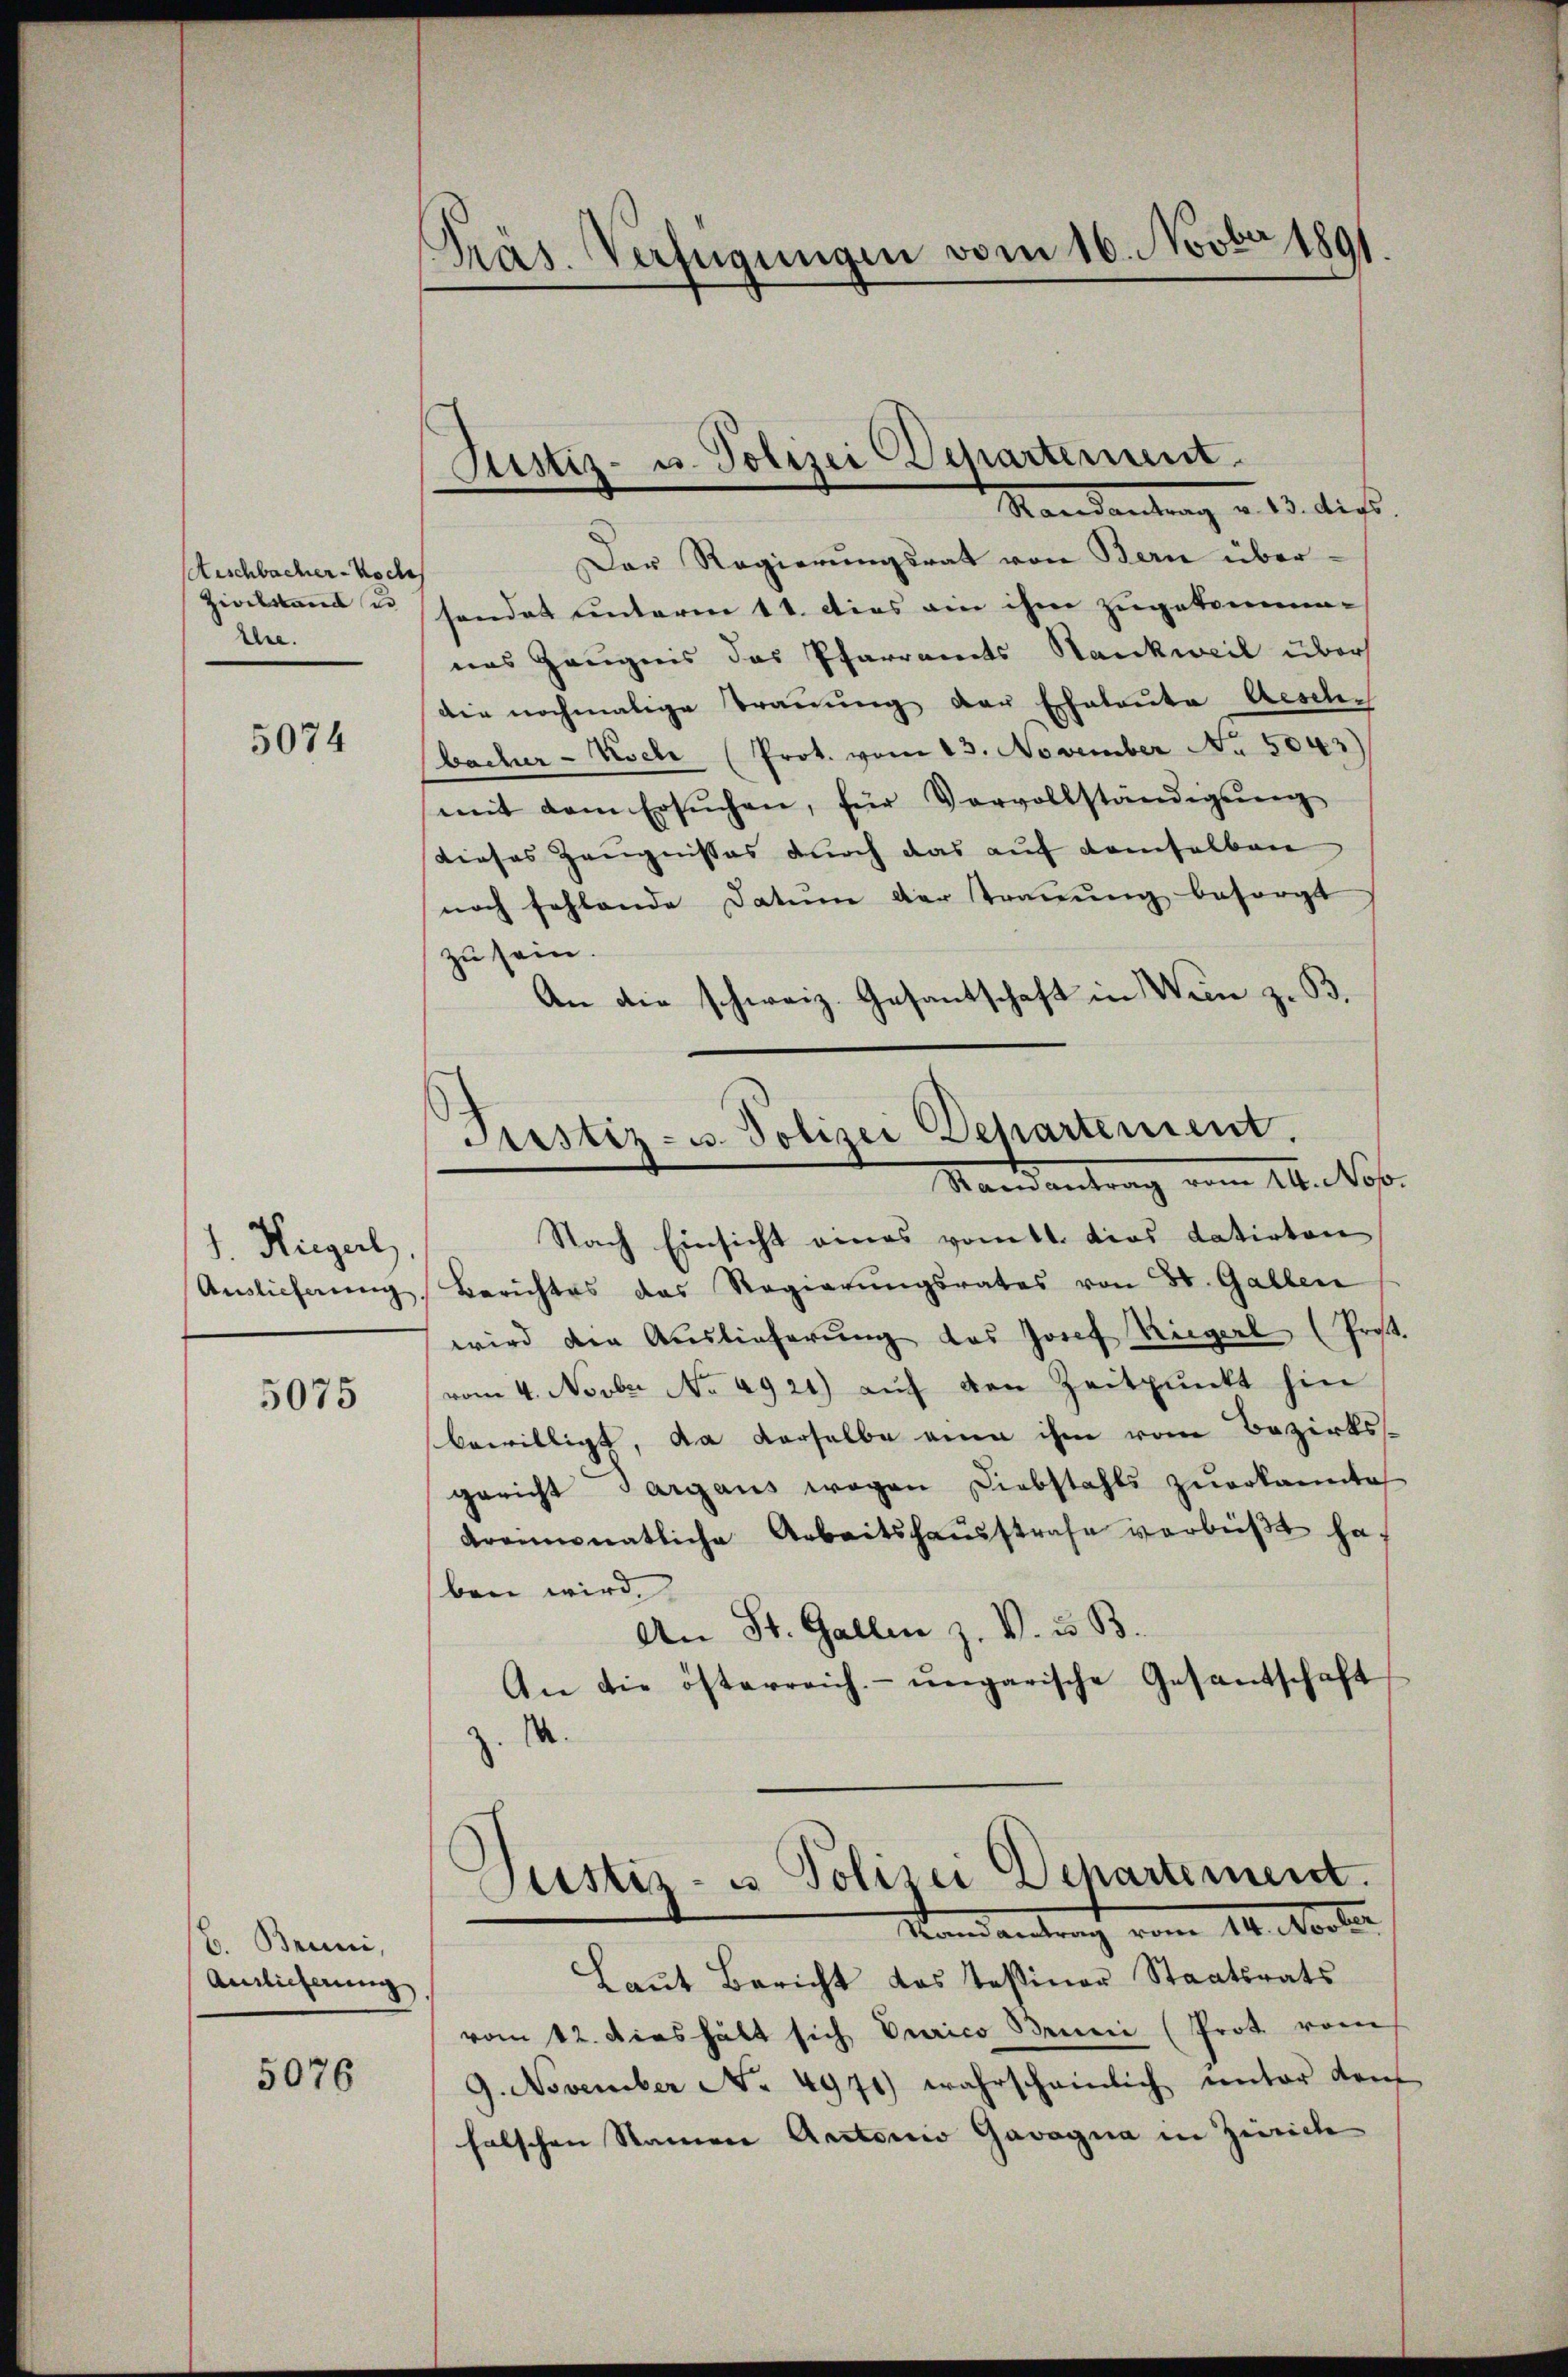
Anschbacher-Noch
Zivilstand u
hre.

5074

I. Hiegerl
Auslieferung

5075

B. Brunni,
Ainlicherung

5076

Präs. Verfügungen vom 16. Novber 1891

Justiz- u. Polizei Departement.
Mandantung v. 13. dies

Der Regierungsrat von Bern über
sendet unterm 11. dies ein ihm zugekommen-
nas Zeugnis das Pfarramts Stankweil über
die nochmalige Trauung der Eheleute Aesche
bacher- Koche (Prot. vom 13. November No. 5043)
mit dem Ersŭchen, für Vervollständigŭng
Dieses Zeugnisses durch das auf demselben
noch fehlende Datum der Trauung besorgt
zu sein.
An die schweiz. Gesandschaft in Wein z. B.
Justiz- u. Polizei Dehartement.
Randantrag vom 16. No.
Nach Einsicht eines vom tt. dies datirten
Berichtes das Regierŭngsrates von St. Gallen
wird die Auslieferung des Josef Riegerl (Prost.
vom 4. Novber No. 4921) auf den Zeitpunkt hin
bewilligt, da derselbe an ihm von Bezirksgericht Sargaus wegen Diebstahls zuerkannte
kronmonatliche Arbeitshaŭsstrafe verbieβt ha
ben wird.
An St. Gallen z. V. u. B.
An die österreich- ungarische Gesandtschaft
z. M.

Justiz- u Polizei Dehartement.
Randantracht vom 14. Vertr

Laut Bericht das Teßiner Staatsrats
vom 12. dies hält sich Eurico Brunn (Prot. vom
9. November No. 4971) wahrscheinlich unter dem
falschen Namen Actorio Gavagna in Zürich